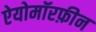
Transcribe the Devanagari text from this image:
ऐयोमॉरफ़ीन